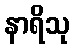
နာရိသု